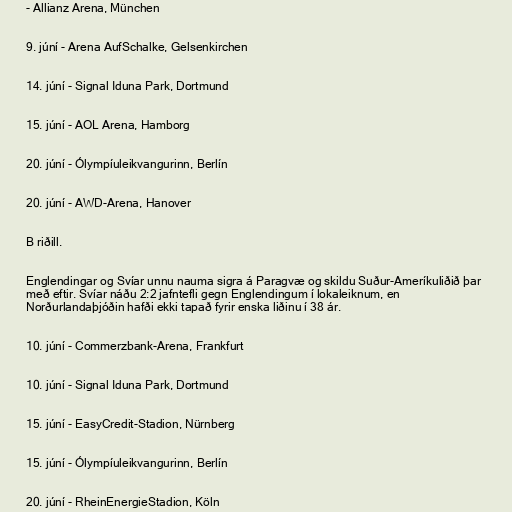
- Allianz Arena, München

9. júní - Arena AufSchalke, Gelsenkirchen

14. júní - Signal Iduna Park, Dortmund

15. júní - AOL Arena, Hamborg

20. júní - Ólympíuleikvangurinn, Berlín

20. júní - AWD-Arena, Hanover

B riðill.

Englendingar og Svíar unnu nauma sigra á Paragvæ og skildu Suður-Ameríkuliðið þar
með eftir. Svíar náðu 2:2 jafntefli gegn Englendingum í lokaleiknum, en
Norðurlandaþjóðin hafði ekki tapað fyrir enska liðinu í 38 ár.

10. júní - Commerzbank-Arena, Frankfurt

10. júní - Signal Iduna Park, Dortmund

15. júní - EasyCredit-Stadion, Nürnberg

15. júní - Ólympíuleikvangurinn, Berlín

20. júní - RheinEnergieStadion, Köln